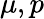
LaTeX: \mu,p